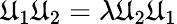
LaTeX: \mathfrak{U}_{1}\mathfrak{U}_{2}=\lambda\mathfrak{U}_{2}\mathfrak{U}_{1}